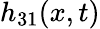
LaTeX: h_{31}(x,t)